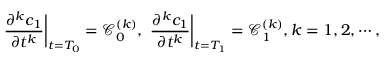
\frac { \partial ^ { k } c _ { 1 } } { \partial t ^ { k } } \bigg | _ { t = T _ { 0 } } = \mathcal { C } _ { 0 } ^ { ( k ) } , \ \frac { \partial ^ { k } c _ { 1 } } { \partial t ^ { k } } \bigg | _ { t = T _ { 1 } } = \mathcal { C } _ { 1 } ^ { ( k ) } , k = 1 , 2 , \cdots ,